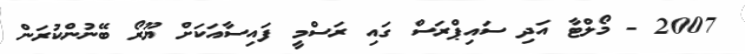
2007 - މޯލްޓާ އަދި ސައިޕްރަސް ގައި ރަސްމީ ފައިސާއަކަށް ޔޫރޯ ބޭނުންކުރަން